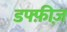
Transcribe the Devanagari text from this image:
डफ्फ़ीज़